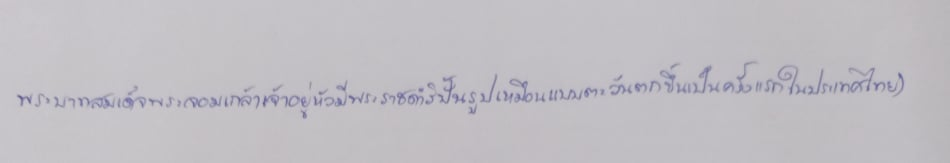
พระบาทสมเด็จพระจอมเกล้าเจ้าอยู่หัวมีพระราชดำริปั้นรูปเหมือนแบบตะวันตกขึ้นเป็นครั้งแรกในประเทศไทย)